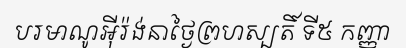
បរមាណូអ៊ីរ៉ង់នាថ្ងៃព្រហស្បតិ៍ ទី៥ កញ្ញា